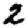
Digit: 2